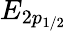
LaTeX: E_{2p_{1/2}}